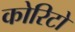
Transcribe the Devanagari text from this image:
कोरिटो